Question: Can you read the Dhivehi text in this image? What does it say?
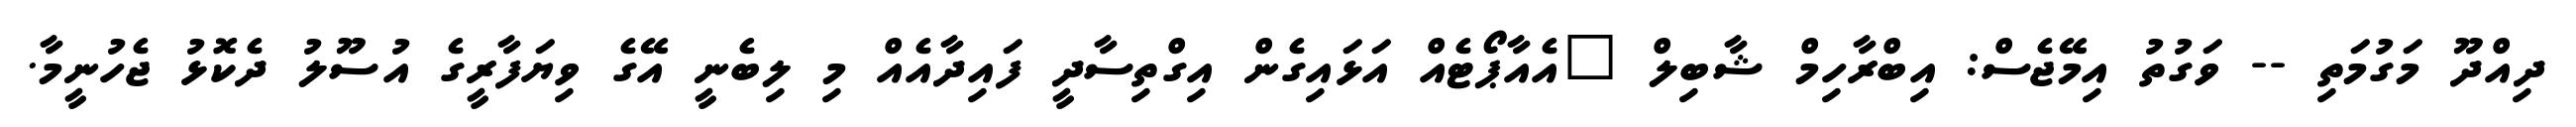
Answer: ދިއްދޫ މަގުމަތި -- ވަގުތު އިމޭޖެސް: އިބްރާހިމް ޝާބިލް "އެއާޕޯޓެއް އަޅައިގެން އިގްތިސާދީ ފައިދާއެއް މި ލިބެނީ އޭގެ ވިޔަފާރީގެ އުސޫލު ދެކޮޅު ޖެހުނީމާ.